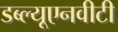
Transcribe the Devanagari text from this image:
डब्ल्यूएनवीटी